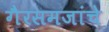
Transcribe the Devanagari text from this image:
गैरसमजांचे